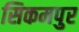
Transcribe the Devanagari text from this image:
सिकमपुर